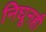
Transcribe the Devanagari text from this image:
निघूनही